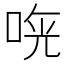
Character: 𠵰